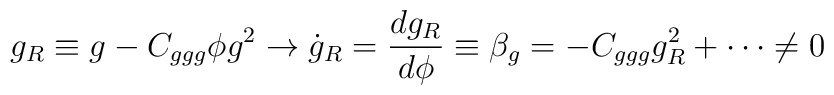
g_R\equiv g-C_{ggg}\phi g^2\to \dot g_R={dg_R\over d\phi}\equiv \beta_g=-C_{ggg}g^2_R+\cdots\not=0